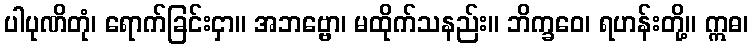
ပါပုဏိတုံ၊ ရောက်ခြင်းငှာ။ အဘဗ္ဗော၊ မထိုက်သနည်း။ ဘိက္ခဝေ၊ ရဟန်းတို့။ ဣဓ၊